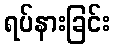
ရပ်နားခြင်း